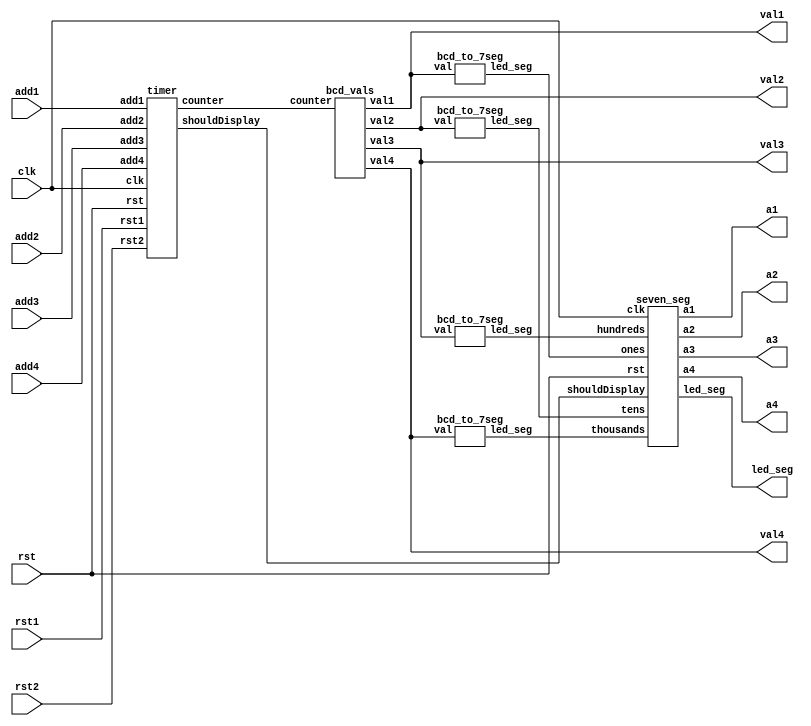
`timescale 1ns / 1ps
//////////////////////////////////////////////////////////////////////////////////
// Company: 
// Engineer: 
// 
// Design Name: 
// Module Name:    parking_meter 
// Project Name: 
// Target Devices: 
// Tool versions: 
// Description: 
//
// Dependencies: 
//
// Revision: 
// Revision 0.01 - File Created
// Additional Comments: 
//
//////////////////////////////////////////////////////////////////////////////////
module parking_meter(
    input clk,
    input add1,
    input add2,
    input add3,
    input add4,
    input rst1,
    input rst2,
    input rst,
    output [3:0] val1, //ones
    output [3:0] val2, //tens
    output [3:0] val3, //hundreds
    output [3:0] val4, //thousands
    output [6:0] led_seg, // [CA, CB, CC, ... CG]
    output a1, //ones
    output a2, //tens
    output a3, //hundreds
    output a4  //thousands
);
    wire shouldDisplay;
    wire [13:0] counter;
    wire [6:0] thousands;
    wire [6:0] hundreds;
    wire [6:0] tens;
    wire [6:0] ones;
    
    timer count_down(.clk(clk), .add1(add1), .add2(add2), .add3(add3), 
                    .add4(add4), .rst1(rst1), .rst2(rst2), .rst(rst), 
                    .counter(counter), .shouldDisplay(shouldDisplay));  
    bcd_vals bcd_display(.counter(counter), .val1(val1), 
                         .val2(val2), .val3(val3), .val4(val4));
    bcd_to_7seg thousand(.val(val4), .led_seg(thousands));
    bcd_to_7seg hundred(.val(val3), .led_seg(hundreds));
    bcd_to_7seg ten(.val(val2), .led_seg(tens));
    bcd_to_7seg one(.val(val1), .led_seg(ones));    
    seven_seg display(.clk(clk), .rst(rst), .shouldDisplay(shouldDisplay),
                      .thousands(thousands), .hundreds(hundreds), 
                      .tens(tens), .ones(ones), 
                      .led_seg(led_seg), .a1(a1), .a2(a2), 
                      .a3(a3), .a4(a4));
endmodule

module timer(
    input clk,
    input add1,
    input add2,
    input add3,
    input add4,
    input rst1,
    input rst2,
    input rst,
    output reg [13:0] counter,
    output reg shouldDisplay
);
    //input clock 100 Hz
    reg [6:0] divide_1hz = 7'd0; //divide by 100 for 1Hz flash
    reg [6:0] one_second = 7'd0; //divide by 100, 1 s for decrementing
   
    // signal hierarchy: rst > rst2 > rst1 > add4 > add3 > add2 > add1 > clk
    always @(posedge clk) begin
        if(rst) begin
            one_second <= 7'd0; //mod100, reset one_second
            divide_1hz <= 7'd0;
            counter <= 14'd0;
            shouldDisplay <= 1'b1;
        end
        else if(rst2 || rst1 || add4 || add3 || add2 || add1) begin
            if(rst2) begin
                counter <= 14'd150;
                shouldDisplay <= 1'b1; //display even #
            end
            else if(rst1) begin
                counter <= 14'd15;
                shouldDisplay <= 1'b0; //odd # so don't display
            end
            else if(add4) begin
                shouldDisplay <= 1'b1;
                if(counter <= 14'd9699)
                    counter <= counter + 14'd300;
                else
                    counter <= 14'd9999; //latch 
            end
            else if(add3) begin
                shouldDisplay <= 1'b1;
                if(counter <= 14'd9819)
                    counter <= counter + 14'd180;
                else
                    counter <= 14'd9999;
            end
            else if(add2) begin
                if(counter <= 14'd9879)
                    counter <= counter + 14'd120;
                else
                    counter <= 14'd9999;
                // even + even = even
                if(counter + 120 >= 14'd180 || counter[0] == 1'b0) 
                    shouldDisplay <= 1'b1;
                else 
                    shouldDisplay <= 1'b0;
            end
            else if(add1) begin
                if(counter <= 14'd9939)
                    counter <= counter + 14'd60;
                else
                    counter <= 14'd9999;
                if(counter + 60 >= 14'd180 || counter[0] == 1'b0) 
                    shouldDisplay <= 1'b1;
                else 
                    shouldDisplay <= 1'b0;
            end
            one_second <= 7'd0; //mod100, reset one second counter
            divide_1hz <= 7'd0;
        end
        else begin //just a regular clock signal
            //decrement counter logic, normal operation
            if(one_second == 7'd99) begin
                // subtract 1 second
                if(counter > 14'd0) begin //time left
                    counter <= counter - 14'd1;
                end
                one_second <= 7'd0; //mod100, reset one_second
            end
            else begin
                one_second <= one_second + 7'd1;
            end
            
            // display logic
            if(counter == 14'd0 || counter > 14'd180) begin
                //flash at 1 Hz
                // always update "counter" to next value and then display or not
                if(divide_1hz == 7'd99) begin
                    divide_1hz <= 7'd0;
                    shouldDisplay <= 1'b1;
                end
                else begin
                    if(divide_1hz == 7'd49) begin
                        shouldDisplay <= 1'b0;
                    end
                    divide_1hz <= divide_1hz + 7'd1;
                end
            end
            else begin
            //flash at 0.5 Hz when time <= 179
                if(divide_1hz == 7'd99) begin
                    divide_1hz <= 7'd0; 
                    //about to turn odd -> even
                    if(counter[0] == 1'b1)shouldDisplay <= 1'b1;
                    else shouldDisplay <= 1'b0;
                end  
                else begin
                    if(divide_1hz == 7'd49 && counter == 14'd180) begin
                        //special for case of 180
                        shouldDisplay <= 1'b0;
                    end
                    divide_1hz <= divide_1hz + 7'd1;
                end
            end
        end
    end
endmodule

module seven_seg(
    input clk,
    input rst,
    input shouldDisplay,
    input [6:0] thousands,
    input [6:0] hundreds,
    input [6:0] tens,
    input [6:0] ones,
    output reg [6:0] led_seg, // [CA, CB, CC, ... CG]
    output a1, //ones
    output a2, //tens
    output a3, //hundreds
    output a4 //thousands
);
    //cycle through the displays rapidly, but only when we should display it
    reg [3:0] anodes;
    assign a1 = anodes[0];
    assign a2 = anodes[1];
    assign a3 = anodes[2];
    assign a4 = anodes[3];
    
    reg [1:0] digToDisplay = 2'd0;

    always @(posedge clk) begin
          if(rst) begin          
            digToDisplay <= 2'd0; 
            led_seg <= 7'b0000001; //digit 0
            anodes <= 4'b0000; //display 0000 until rst button is unpressed
          end
          
          else begin //clk positive but should not display
            if(shouldDisplay) begin   
                case(digToDisplay)
                    2'd0: begin
                        anodes <= 4'b0111;
                        led_seg <= thousands;
                    end
                    2'd1: begin
                        anodes <= 4'b1011;
                        led_seg <= hundreds;
                    end
                    2'd2: begin
                       anodes <= 4'b1101;
                        led_seg <= tens;
                    end
                    default: begin
                        anodes <= 4'b1110;
                        led_seg <= ones;
                    end
                endcase
                digToDisplay <= digToDisplay + 2'd1;   
                end
            else begin
                led_seg <= 7'b1111111;
                anodes <= 4'b1111;
                digToDisplay <= 2'd0;
            end
       end 
    end
endmodule

module bcd_to_7seg(
    input [3:0] val,
    output reg [6:0] led_seg
);
    always @(*) begin
        case(val)
            4'd0: led_seg = 7'b0000001;
            4'd1: led_seg = 7'b1001111;
            4'd2: led_seg = 7'b0010010;
            4'd3: led_seg = 7'b0000110;
            4'd4: led_seg = 7'b1001100;
            4'd5: led_seg = 7'b0100100;
            4'd6: led_seg = 7'b0100000;
            4'd7: led_seg = 7'b0001111;
            4'd8: led_seg = 7'b0000000;
            4'd9: led_seg = 7'b0000100;
            default: led_seg = 7'b1111111;
        endcase
    end
endmodule

module bcd_vals(
    input [13:0] counter,
    output [3:0] val1,
    output [3:0] val2,
    output [3:0] val3,
    output [3:0] val4
);
    reg [31:0] val1_14; //ones
    reg [31:0] val2_14; //tens
    reg [31:0] val3_14; //hundreds
    reg [31:0] val4_14; //thousands

    assign val1 = val1_14[3:0];        
    assign val2 = val2_14[3:0];
    assign val3 = val3_14[3:0];
    assign val4 = val4_14[3:0];
   
    always @(*) begin
        val4_14 = counter / 10'd1000;
        val3_14 = (counter - 10'd1000*val4_14) / 7'd100;
        val2_14 = (counter - (10'd1000*val4_14 + 7'd100*val3_14)) / 4'd10;
        val1_14 = (counter - (10'd1000*val4_14 + 7'd100*val3_14 + 4'd10*val2_14));
    end
endmodule